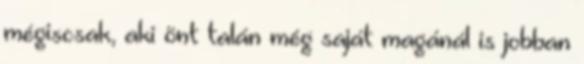
mégiscsak, aki önt talán még saját magánál is jobban